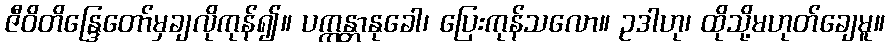
ဇီဝိတိန္ဒြေတော်မှချလိုကုန်၍။ ပက္ကန္တာနုခေါ၊ ပြေးကုန်သလော။ ဥဒါဟု၊ ထိုသို့မဟုတ်ချေမူ။